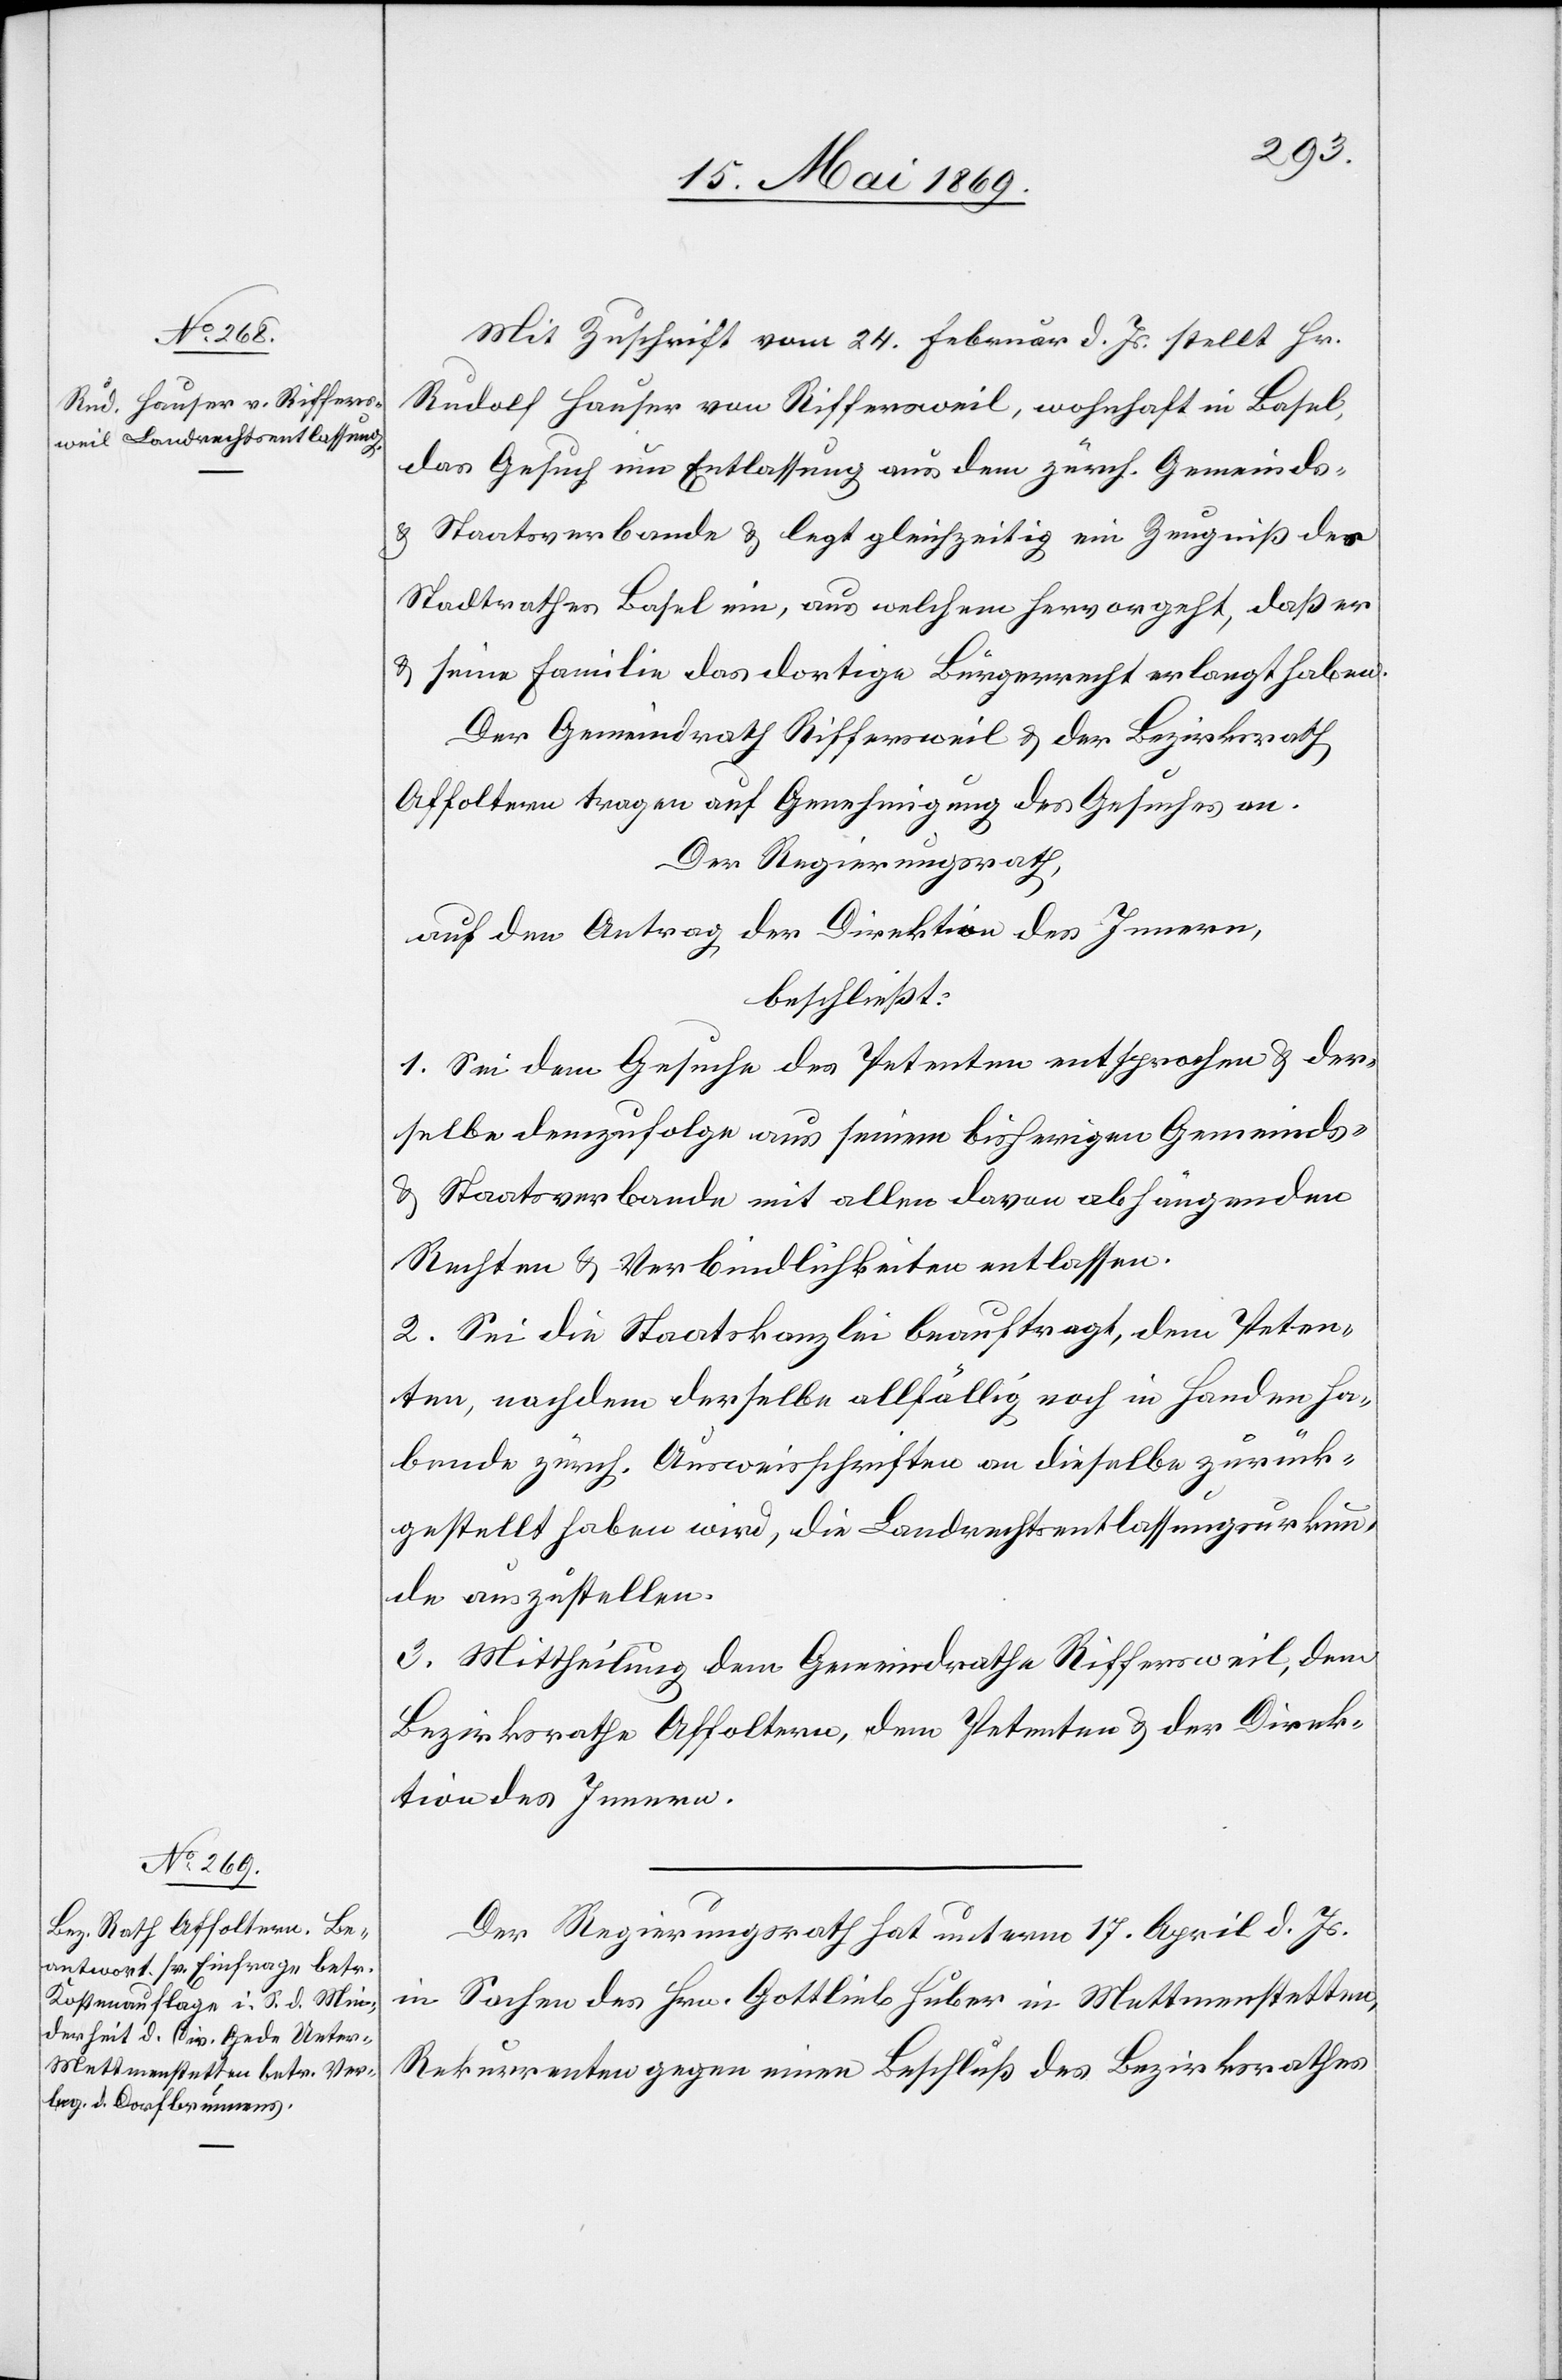
Mit Zuschrift vom 24. Februar d. Js. stellt Hr.
Rudolf Hauser von Riffersweil, wohnhaft in Basel,
das Gesuch um Entlassung aus dem zürch. Gemeinds-
u. Staatsverbande u. legt gleichzeitig ein Zeugniß des
Stadtrathes Basel ein, aus welchem hervorgeht, daß er
u. seine Familie das dortige Bürgerrecht erlangt haben.
Der Gemeindrath Riffersweil u. der Bezirksrath
Affoltern tragen auf Genehmigung des Gesuches an.
Der Regierungsrath,
auf den Antrag der Direktion des Innern,
beschließt:
1. Sei dem Gesuche des Petenten entsprochen u. der¬
selbe demzufolge aus seinem bisherigen Gemeinds-
u. Staatsverbande mit allen davon abhängenden
Rechten u. Verbindlichkeiten entlassen.
2. Sei die Staatskanzlei beauftragt, dem Peten¬
ten, nachdem derselbe allfällig noch in Handen ha¬
bende zürch. Ausweisschriften an dieselbe zurück¬
gestellt haben wird, die Landrechtsentlassungsurkun¬
de auszustellen.
3. Mittheilung dem Gemeindrathe Riffersweil, dem
Bezirksrathe Affoltern, dem Petenten u. der Direk¬
tion des Innern.
Der Regierungsrath hat unterm 17 April d. Js.
in Sachen des Hrn. Gottlieb Huber in Mettmenstetten
Rekurrenten gegen einen Beschluß des Bezirksrathes